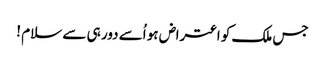
جس ملک کو اعتراض ہو اُسے دور ہی سے سلام !